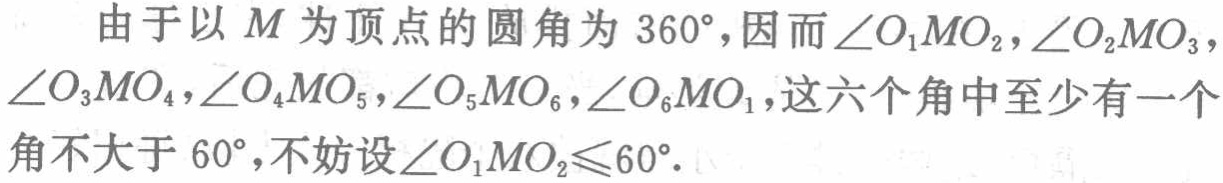
由于以 \(M\) 为顶点的圆角为 \(360^{\circ}\)，因而 \(\angle O_{1}MO_{2},\angle O_{2}MO_{3},\) \(\angle O_{3}MO_{4},\angle O_{4}MO_{5},\angle O_{5}MO_{6},\angle O_{6}MO_{1}\)，这六个角中至少有一个角不大于 \(60^{\circ}\)，不妨设 \(\angle O_{1}MO_{2}\leqslant60^{\circ}\)。